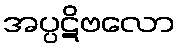
အပ္ပဋိဗလော